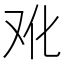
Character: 𰆳